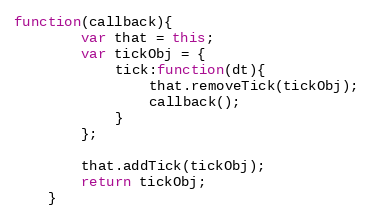
Language: JavaScript
function(callback){
        var that = this;
        var tickObj = {
            tick:function(dt){
                that.removeTick(tickObj);
                callback();
            }
        };

        that.addTick(tickObj);
        return tickObj;
    }